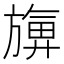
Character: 𪰀